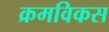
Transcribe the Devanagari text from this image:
क्रमविकस